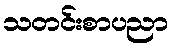
သတင်းစာပညာ